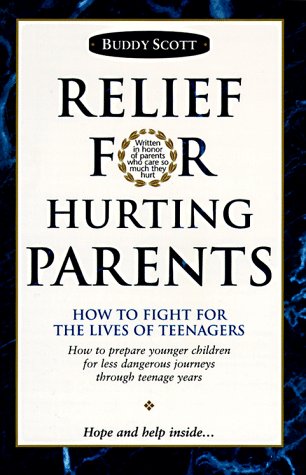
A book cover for Relief For Hurting Parents: How To Fight For The Lives Of Teenagers: How To Prepare Younger Children For Less Dangerous Journeys Through Teenage Years; Buddy Scott; Parenting & Relationships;